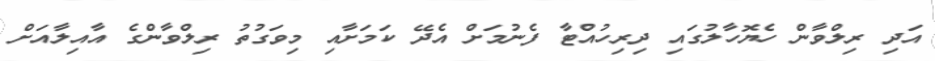
އަދި ރިލްވާން ހެޔޮހާލުގައި ދިރިހުއްޓާ ފެނުމަށް އެދޭ ކަމަށާއި މިވަގުތު ރިލްވާންގެ އާއިލާއަށް